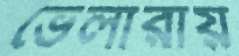
ভেলারায়